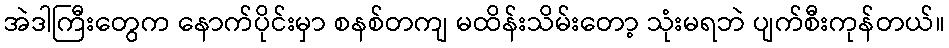
အဲဒါကြီးတွေက နောက်ပိုင်းမှာ စနစ်တကျ မထိန်းသိမ်းတော့ သုံးမရဘဲ ပျက်စီးကုန်တယ်။